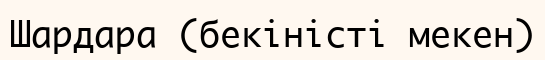
Шардара (бекіністі мекен)